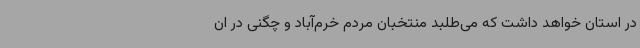
در استان خواهد داشت که می‌طلبد منتخبان مردم خرم‌آباد و چگنی در ان